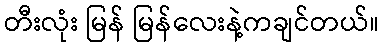
တီးလုံး မြန် မြန်လေးနဲ့ကချင်တယ်။